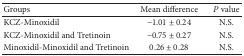
| Groups | Mean difference | P value |
 | --- | --- | --- |
 | KCZ-Minoxidil | −1.01 ± 0.24 | N.S. |
 | KCZ-Minoxidil and Tretinoin | −0.75 ± 0.27 | N.S. |
 | Minoxidil-Minoxidil and Tretinoin | 0.26 ± 0.28 | N.S. |